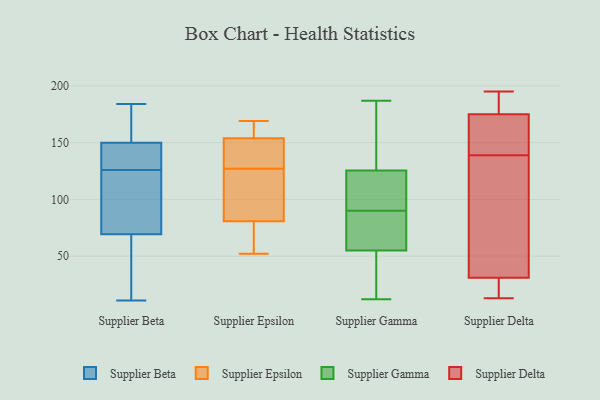
{"axis": {"x": "Backlog", "y": "Value"}, "legend": ["Supplier Beta", "Supplier Delta", "Supplier Epsilon", "Supplier Gamma"], "data": [{"x": "", "y": 151, "type": "Supplier Beta"}, {"x": "", "y": 85, "type": "Supplier Beta"}, {"x": "", "y": 49, "type": "Supplier Beta"}, {"x": "", "y": 126, "type": "Supplier Beta"}, {"x": "", "y": 184, "type": "Supplier Beta"}, {"x": "", "y": 126, "type": "Supplier Beta"}, {"x": "", "y": 105, "type": "Supplier Beta"}, {"x": "", "y": 16, "type": "Supplier Beta"}, {"x": "", "y": 179, "type": "Supplier Beta"}, {"x": "", "y": 60, "type": "Supplier Beta"}, {"x": "", "y": 117, "type": "Supplier Beta"}, {"x": "", "y": 150, "type": "Supplier Beta"}, {"x": "", "y": 64, "type": "Supplier Beta"}, {"x": "", "y": 146, "type": "Supplier Beta"}, {"x": "", "y": 98, "type": "Supplier Beta"}, {"x": "", "y": 11, "type": "Supplier Beta"}, {"x": "", "y": 156, "type": "Supplier Beta"}, {"x": "", "y": 142, "type": "Supplier Beta"}, {"x": "", "y": 150, "type": "Supplier Beta"}, {"x": "", "y": 163, "type": "Supplier Epsilon"}, {"x": "", "y": 169, "type": "Supplier Epsilon"}, {"x": "", "y": 52, "type": "Supplier Epsilon"}, {"x": "", "y": 137, "type": "Supplier Epsilon"}, {"x": "", "y": 92, "type": "Supplier Epsilon"}, {"x": "", "y": 102, "type": "Supplier Epsilon"}, {"x": "", "y": 85, "type": "Supplier Epsilon"}, {"x": "", "y": 167, "type": "Supplier Epsilon"}, {"x": "", "y": 67, "type": "Supplier Epsilon"}, {"x": "", "y": 68, "type": "Supplier Epsilon"}, {"x": "", "y": 151, "type": "Supplier Epsilon"}, {"x": "", "y": 150, "type": "Supplier Epsilon"}, {"x": "", "y": 127, "type": "Supplier Epsilon"}, {"x": "", "y": 97, "type": "Supplier Gamma"}, {"x": "", "y": 12, "type": "Supplier Gamma"}, {"x": "", "y": 71, "type": "Supplier Gamma"}, {"x": "", "y": 76, "type": "Supplier Gamma"}, {"x": "", "y": 90, "type": "Supplier Gamma"}, {"x": "", "y": 186, "type": "Supplier Gamma"}, {"x": "", "y": 183, "type": "Supplier Gamma"}, {"x": "", "y": 50, "type": "Supplier Gamma"}, {"x": "", "y": 20, "type": "Supplier Gamma"}, {"x": "", "y": 52, "type": "Supplier Gamma"}, {"x": "", "y": 115, "type": "Supplier Gamma"}, {"x": "", "y": 95, "type": "Supplier Gamma"}, {"x": "", "y": 111, "type": "Supplier Gamma"}, {"x": "", "y": 129, "type": "Supplier Gamma"}, {"x": "", "y": 23, "type": "Supplier Gamma"}, {"x": "", "y": 64, "type": "Supplier Gamma"}, {"x": "", "y": 187, "type": "Supplier Gamma"}, {"x": "", "y": 84, "type": "Supplier Gamma"}, {"x": "", "y": 167, "type": "Supplier Gamma"}, {"x": "", "y": 191, "type": "Supplier Delta"}, {"x": "", "y": 23, "type": "Supplier Delta"}, {"x": "", "y": 157, "type": "Supplier Delta"}, {"x": "", "y": 50, "type": "Supplier Delta"}, {"x": "", "y": 195, "type": "Supplier Delta"}, {"x": "", "y": 132, "type": "Supplier Delta"}, {"x": "", "y": 31, "type": "Supplier Delta"}, {"x": "", "y": 132, "type": "Supplier Delta"}, {"x": "", "y": 162, "type": "Supplier Delta"}, {"x": "", "y": 13, "type": "Supplier Delta"}, {"x": "", "y": 146, "type": "Supplier Delta"}, {"x": "", "y": 178, "type": "Supplier Delta"}, {"x": "", "y": 29, "type": "Supplier Delta"}, {"x": "", "y": 175, "type": "Supplier Delta"}]}